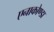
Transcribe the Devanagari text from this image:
एनाकोण्डा